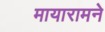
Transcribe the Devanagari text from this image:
मायारामने